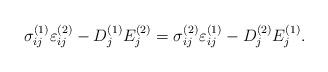
LaTeX: \begin{align*}\sigma_{ij}^{(1)}\varepsilon_{ij}^{(2)} - D_j^{(1)}E_j^{(2)} = \sigma_{ij}^{(2)}\varepsilon_{ij}^{(1)} - D_j^{(2)}E_j^{(1)}.\end{align*}